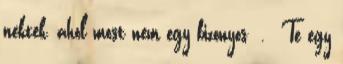
nektek, ahol most nem egy bizonyos . Te egy